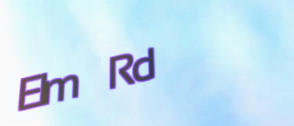
Elm Rd